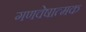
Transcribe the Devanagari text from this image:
गणवेषात्मक